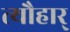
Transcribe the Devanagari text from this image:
त्यौहार्